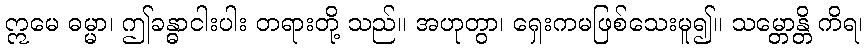
ဣမေ ဓမ္မာ၊ ဤခန္ဓာငါးပါး တရားတို့ သည်။ အဟုတွာ၊ ရှေးကမဖြစ်သေးမူ၍။ သမ္တောန္တိ ကိရ၊